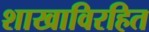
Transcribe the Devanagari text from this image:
शाखाविरहित